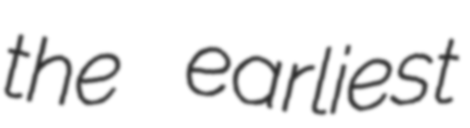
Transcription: the earliest